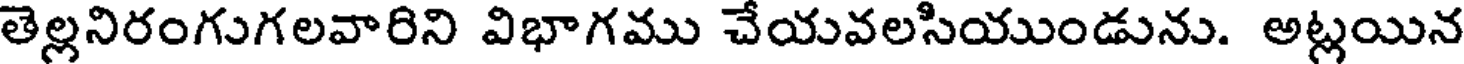
తెల్లనిరంగుగలవారిని విభాగము చేయవలసియుండును. అట్లయిన